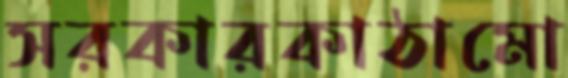
সরকারকাঠামো